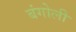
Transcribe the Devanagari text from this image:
बंगोली